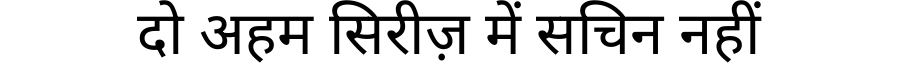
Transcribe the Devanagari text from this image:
दो अहम सिरीज़ में सचिन नहीं